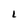
Character: L